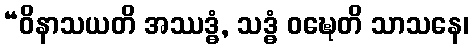
“ဝိနာသယတိ အဿဒ္ဓံ, သဒ္ဓံ ဝဍ္ဎေတိ သာသနေ၊